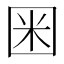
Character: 𡇒